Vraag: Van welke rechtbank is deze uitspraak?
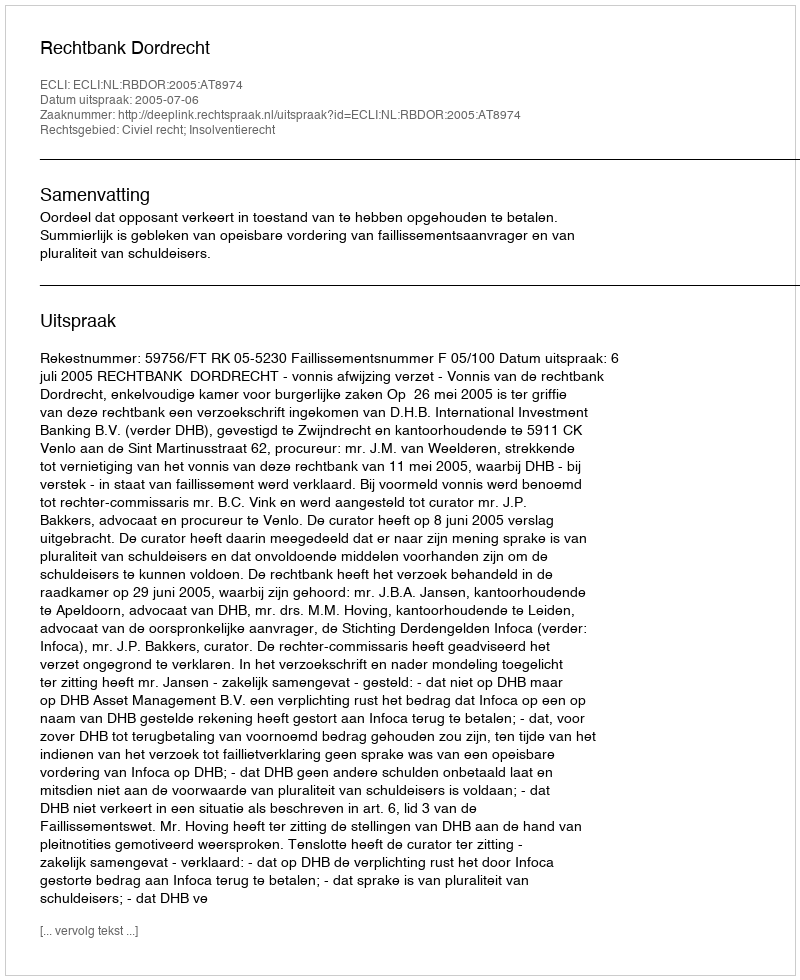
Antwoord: Rechtbank Dordrecht